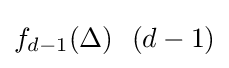
f_{d-1}(\Delta )\ \ (d-1)